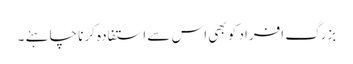
بزرگ افراد کو بھی اس سے استفادہ کرنا چاہئے ۔